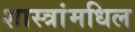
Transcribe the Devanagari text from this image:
शास्त्रांमधिल